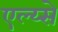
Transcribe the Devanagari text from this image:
एल्य्से